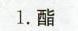
1.酯